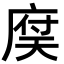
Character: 𢉶